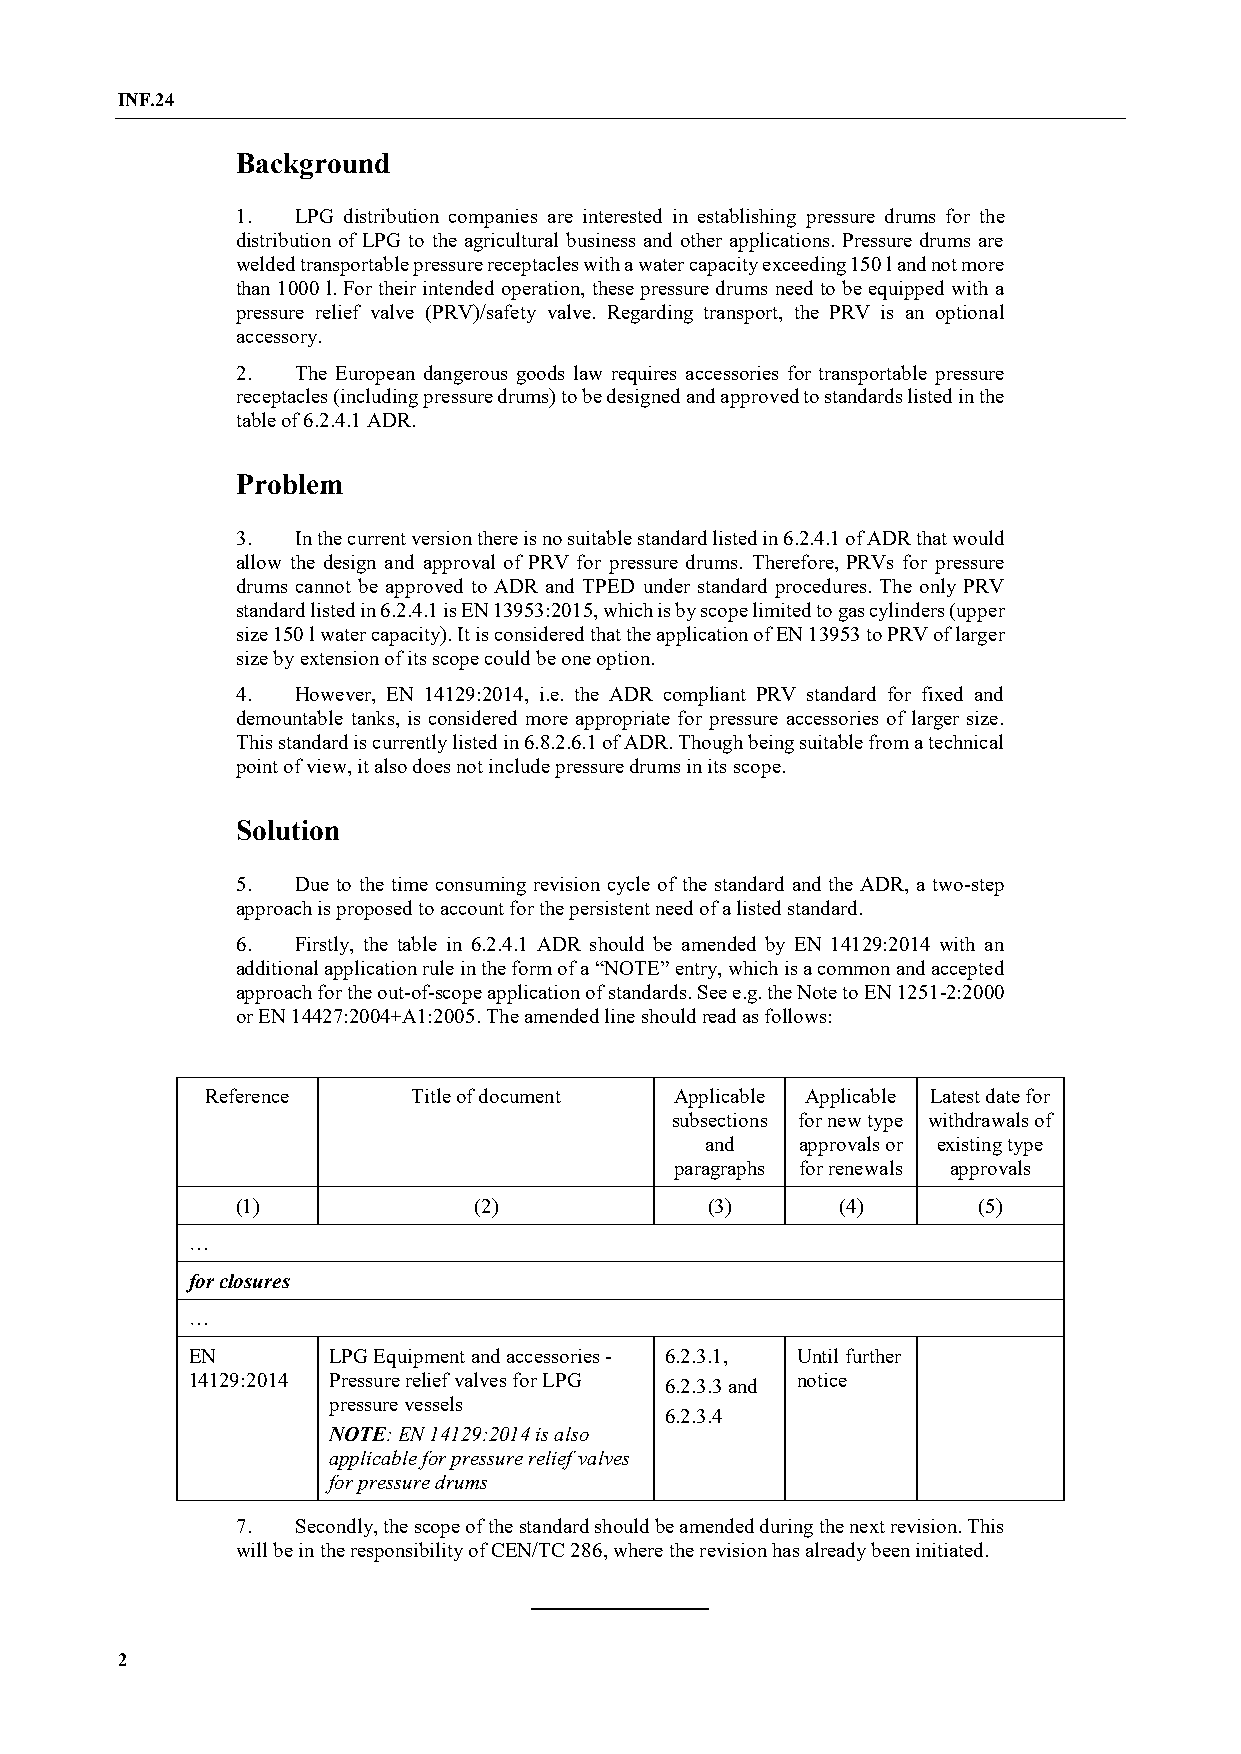
INF.24
 Background
 1.  LPG distribution companies are interested in establishing pressure drums for the
 distribution of LPG to the agricultural business and other applications. Pressure drums are
 welded transportable pressure receptacles with a water capacity exceeding 150 l and not more
 than 1000 l. For their intended operation, these pressure drums need to be equipped with a
 pressure relief valve (PRV)/safety valve. Regarding transport, the PRV is an optional
 accessory.
 2.  The European dangerous goods law requires accessories for transportable pressure
 receptacles (including pressure drums) to be designed and approved to standards listed in the
 table of 6.2.4.1 ADR.
 Problem
 3.  In the current version there is no suitable standard listed in 6.2.4.1 of ADR that would
 allow the design and approval of PRV for pressure drums. Therefore, PRVs for pressure
 drums cannot be approved to ADR and TPED under standard procedures. The only PRV
 standard listed in 6.2.4.1 is EN 13953:2015, which is by scope limited to gas cylinders (upper
 size 150 l water capacity). It is considered that the application of EN 13953 to PRV of larger
 size by extension of its scope could be one option.
 4.  However, EN 14129:2014, i.e. the ADR compliant PRV standard for fixed and
 demountable tanks, is considered more appropriate for pressure accessories of larger size.
 This standard is currently listed in 6.8.2.6.1 of ADR. Though being suitable from a technical
 point of view, it also does not include pressure drums in its scope.
 Solution
 5.  Due to the time consuming revision cycle of the standard and the ADR, a two-step
 approach is proposed to account for the persistent need of a listed standard.
 6.  Firstly, the table in 6.2.4.1 ADR should be amended by EN 14129:2014 with an
 additional application rule in the form of a “NOTE” entry, which is a common and accepted
 approach for the out-of-scope application of standards. See e.g. the Note to EN 1251-2:2000
 or EN 14427:2004+A1:2005. The amended line should read as follows:
 Reference    Title of document Applicable Applicable Latest date for
 subsections for new type withdrawals of
 and   approvals or existing type
 paragraphs for renewals approvals
 (1)            (2)             (3)      (4)      (5)
 …
 for closures
 …
 EN        LPG Equipment and accessories - 6.2.3.1, Until further
 14129:2014 Pressure relief valves for LPG 6.2.3.3 and notice
 pressure vessels
 6.2.3.4
 NOTE: EN 14129:2014 is also
 applicable for pressure relief valves
 for pressure drums
 7.  Secondly, the scope of the standard should be amended during the next revision. This
 will be in the responsibility of CEN/TC 286, where the revision has already been initiated.
 2